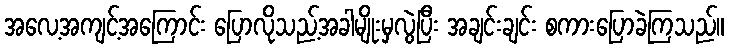
အလေ့အကျင့်အကြောင်း ပြောလိုသည့်အခါမျိုးမှလွဲပြီး အချင်းချင်း စကားပြောခဲကြသည်။